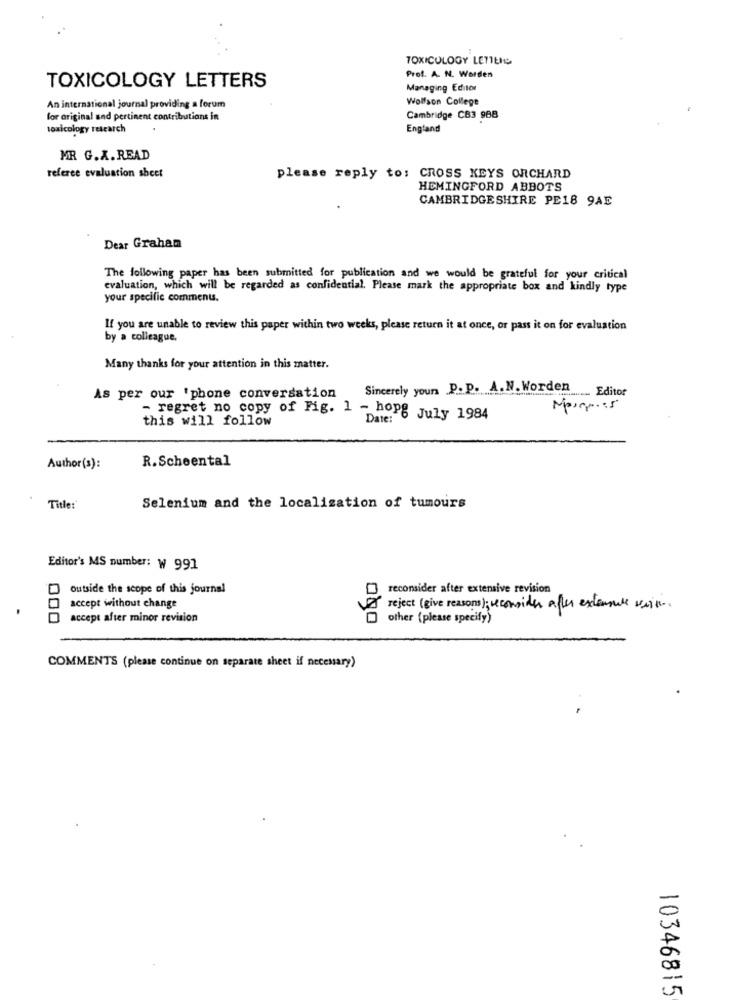
TOXICOLOGY LETTLIG
Prof. A. N. Worden
TOXICOLOGY LETTERS
Managing Editor
Wolfson College
An international journal providing a forum
for original and pertinent contributions in
Cambridge CB3 988
toxicology research
England
MR G.X.READ
referee evaluation sheet
please reply to: CROSS KEYS ORCHARD
HEMINGFORD ABBOTS
CAMBRIDGESHIRE PE18 9AE
Dear Graham
The following paper has been submitted for publication and we would be grateful for your critical
evaluation, which will be regarded as confidential. Please mark the appropriate box and kindly type
your specific comments.
If you are unable to review this paper within two weeks, please return it at once, or pass it on for evaluation
by a colleague.
Many thanks for your attention in this matter.
Sincerely yours P. P. A.N. Worden
....... Editor
As per our 'phone conversation
- regret no copy of Fig. 1 - hopg July 1984
this will follow
R.Scheental
Author(s):
Title:'
Selenium and the localization of tumours
Editor's MS number: W 991
Outside the scope of this journal
reconsider after extensive revision
.
accept without change
reject (give reasons); reconsider after extensale voisin.
000
accept after minor revision
other (please specify)
COMMENTS (please continue on separate sheet if necessary)
10346815